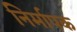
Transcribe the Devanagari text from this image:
निर्मापक